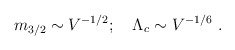
\begin{align*}m_{3/2}\sim V^{-1/2}; \quad \Lambda_c\sim V^{-1/6}\ .\end{align*}